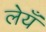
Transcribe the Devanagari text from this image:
लेयँ